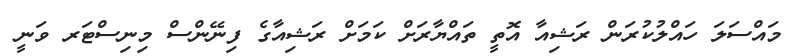
މައްސަލަ ހައްލުކުރަން ރަޝިއާ އޮތީ ތައްޔާރަށް ކަމަށް ރަޝިއާގެ ފިނޭންސް މިނިސްޓަރ ވަނީ